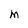
Character: M